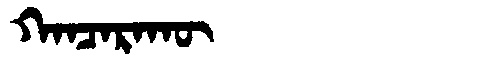
Manchu: ᡴᠠᠨᠴᠠᡵᠠᡴᡡ
Romanization: KANCARAKŪ